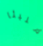
مليئا